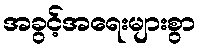
အခွင့်အရေးများစွာ